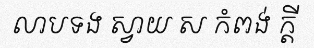
លាបទង ស្វាយ ស កំពង់ ក្តី